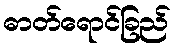
ဓာတ်ရောင်ခြည်